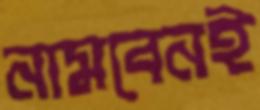
নামবেনই